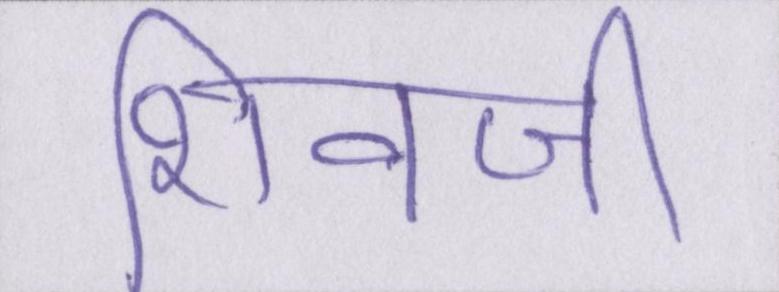
शिवजी